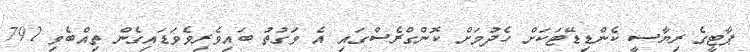
ޕާޓީގެ ރިޔާސީ ކެންޑިޑޭޓަކަށް ހެދުމަށް ކޮންގްރެސްގައި އެ ވަގުތު ބައިވެރިވެވަޑައިގެން ތިއްބެވި 791